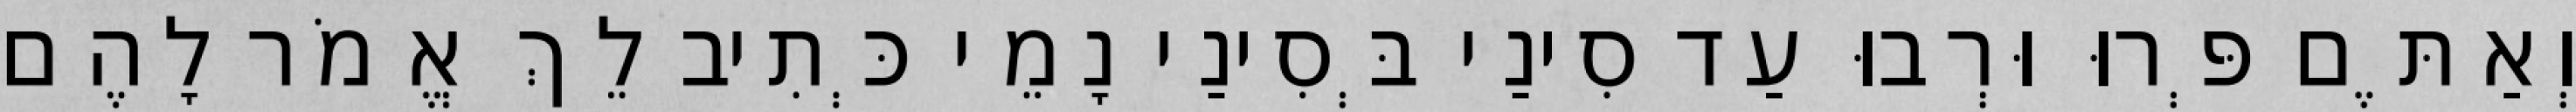
וְאַתֶּם פְּרוּ וּרְבוּ עַד סִינַי בְּסִינַי נָמֵי כְּתִיב לֵךְ אֱמֹר לָהֶם